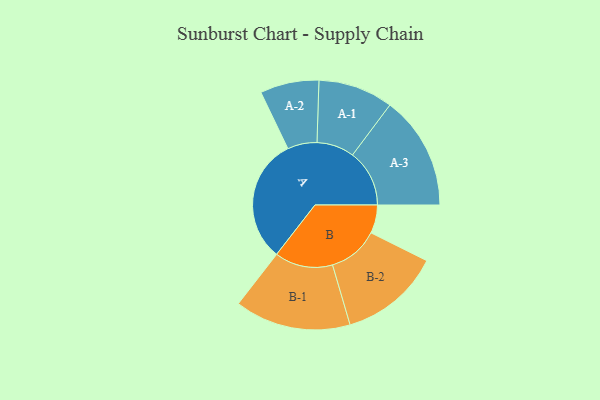
{"axis": {"x": "Segment", "y": "Value"}, "legend": ["", "A", "B"], "data": [{"x": "A", "y": 449, "type": ""}, {"x": "B", "y": 102, "type": ""}, {"x": "A-1", "y": 135, "type": "A"}, {"x": "A-2", "y": 106, "type": "A"}, {"x": "A-3", "y": 205, "type": "A"}, {"x": "B-1", "y": 209, "type": "B"}, {"x": "B-2", "y": 182, "type": "B"}]}